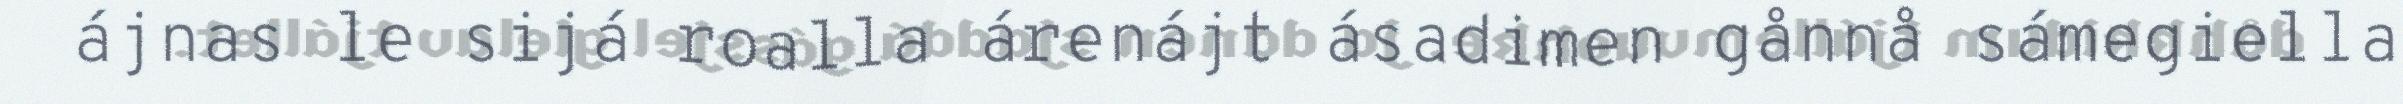
ájnas le sijá roalla árenájt ásadimen gånnå sámegiella